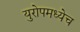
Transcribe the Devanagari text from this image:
युरोपमध्येच